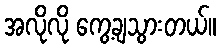
အလိုလို ကွေ့ချသွားတယ်။